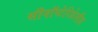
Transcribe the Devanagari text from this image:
सीनॉप्टेरिडेलीज़